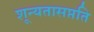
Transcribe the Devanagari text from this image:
शून्यतासप्तति